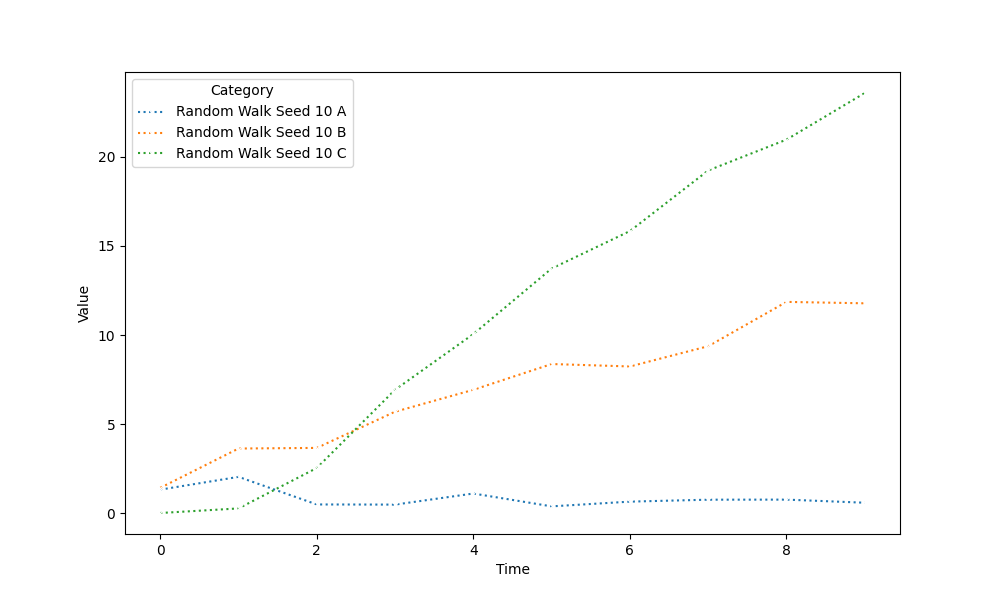
python, seaborn, lineplot, style='dotted', marker='x'